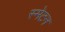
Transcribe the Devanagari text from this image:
स्मेटन